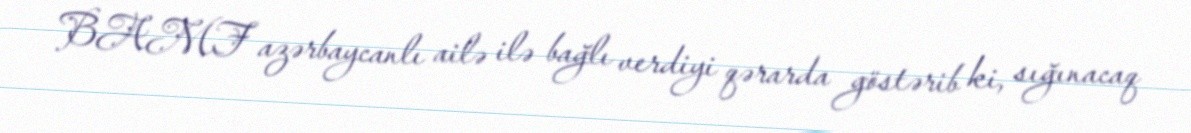
BAMF azərbaycanlı ailə ilə bağlı verdiyi qərarda göstərib ki, sığınacaq